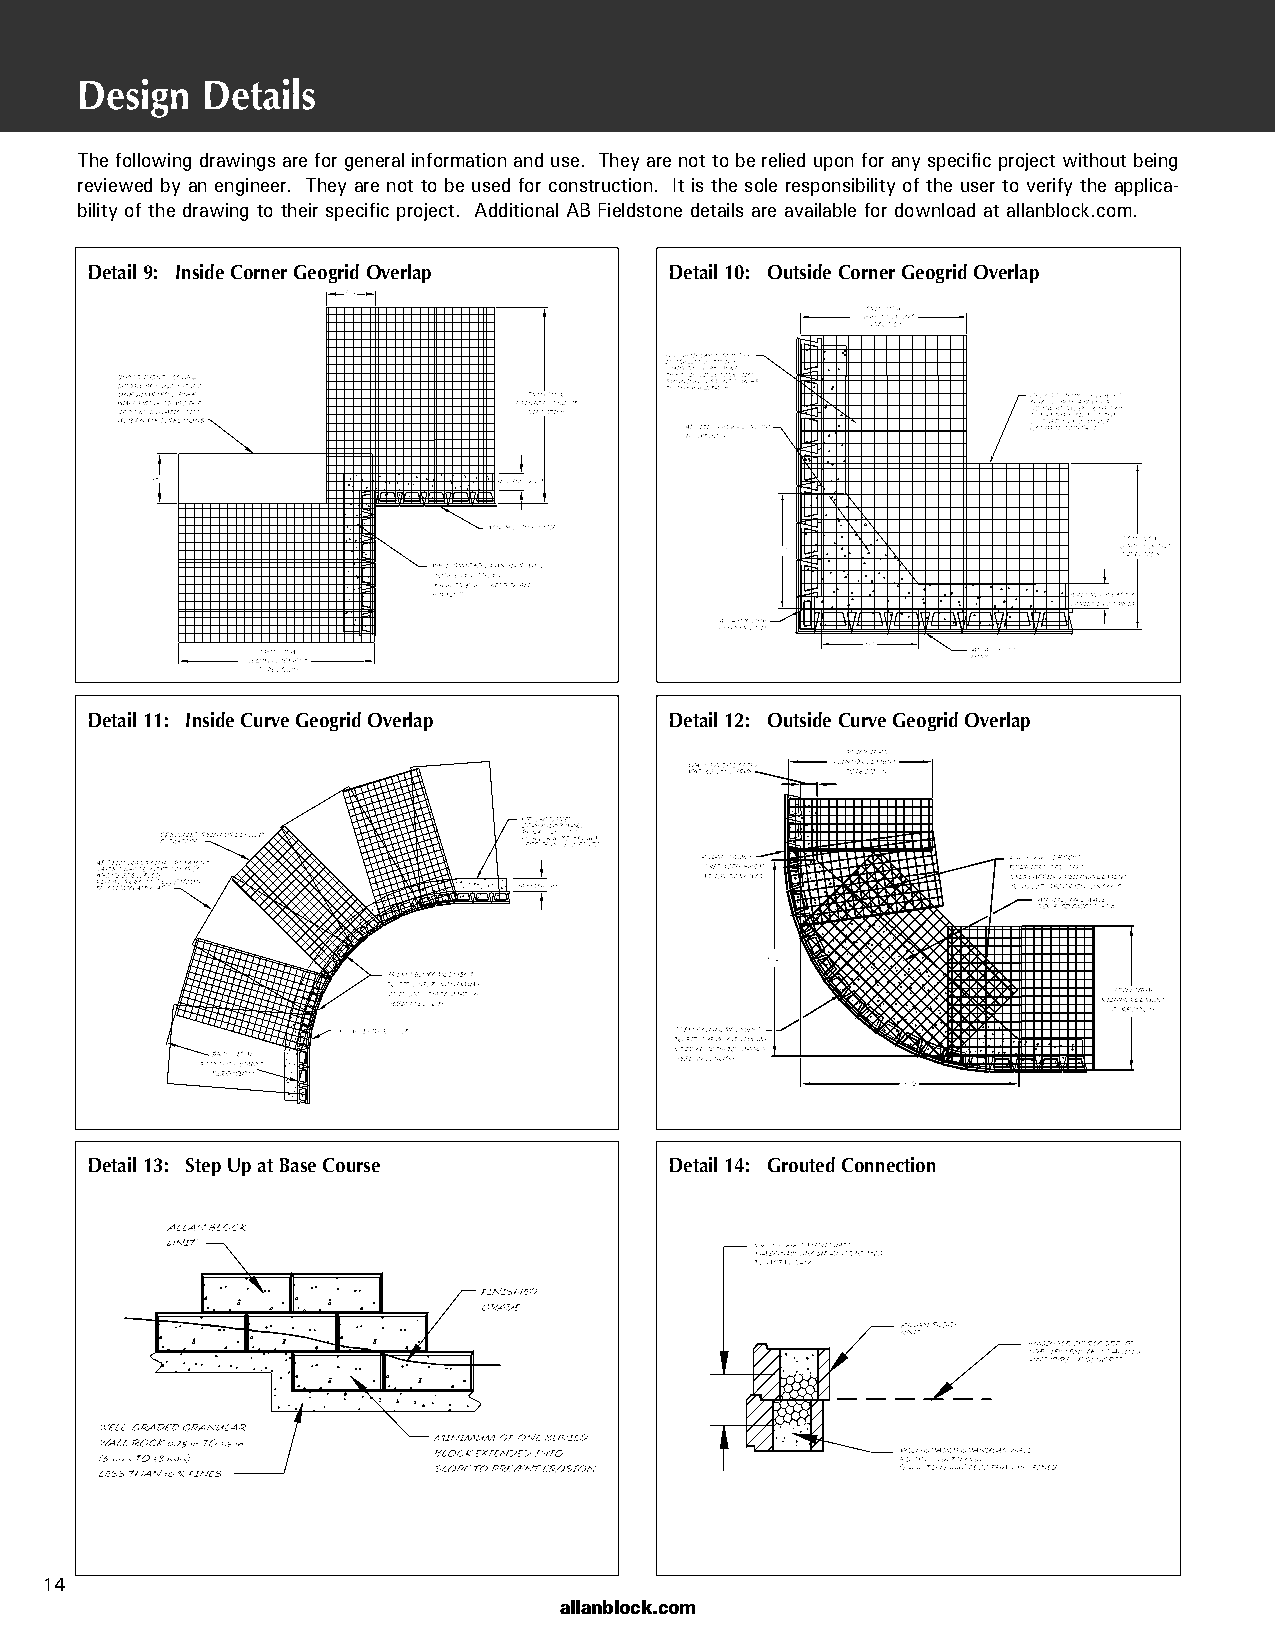
Design  Details
 The following drawings are for general information and use. They are not to be relied upon for any specific project without being
 reviewed by an engineer. They are not to be used for construction. It is the sole responsibility of the user to verify the applica-
 bility of the drawing to their specific project. Additional AB Fieldstone details are available for download at allanblock.com.
 Detail 9: Inside Corner Geogrid Overlap Detail 10: Outside Corner Geogrid Overlap
 Detail 11: Inside Curve Geogrid Overlap Detail 12: Outside Curve Geogrid Overlap
 Detail 13: Step Up at Base Course     Detail 14: Grouted Connection
 14
 allanblock.com